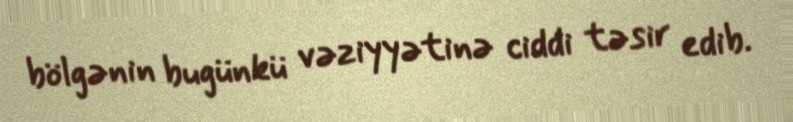
bölgənin bugünkü vəziyyətinə ciddi təsir edib.